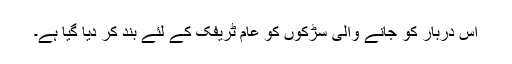
اس دربار کو جانے والی سڑکوں کو عام ٹریفک کے لئے بند کر دیا گیا ہے۔